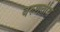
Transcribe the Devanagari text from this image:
वरुणतीर्थ